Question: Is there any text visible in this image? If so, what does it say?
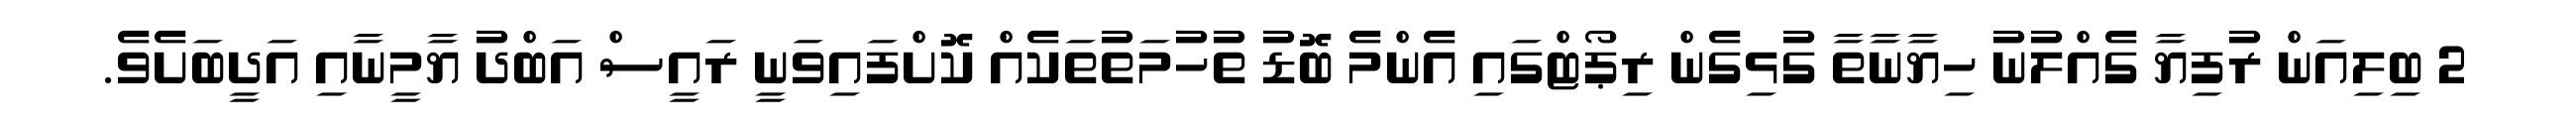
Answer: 2 ބިލިއަން ރުފިޔާ ގެއްލުނު ހިޔާނާތާ ގުޅިގެން ރިޕޯޓްގައި އެންމެ ބޮޑު ތުހުމަތުތަކެއް ކޮށްފައިވަނީ ރައީސް އަބްދު ޔާމީނާއި އަދީބަށެވެ.